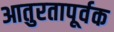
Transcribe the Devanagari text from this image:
आतुरतापूर्वक